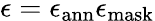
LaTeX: \epsilon=\epsilon_{\mathrm{ann}}\epsilon_{\mathrm{mask}}